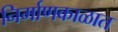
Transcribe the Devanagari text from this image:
निर्माणकाळात